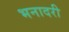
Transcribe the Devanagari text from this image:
भनादरी